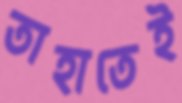
তাহাতেই